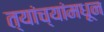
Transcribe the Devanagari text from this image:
त्यांच्यांमधून